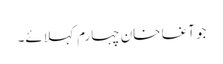
جو آغا خان چہارم کہلائے۔